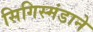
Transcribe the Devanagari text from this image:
सिगिस्मंडाने